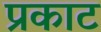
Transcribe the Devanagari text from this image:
प्रकाट